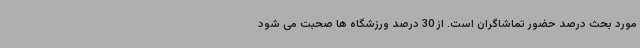
مورد بحث درصد حضور تماشاگران است. از 30 درصد ورزشگاه ها صحبت می شود